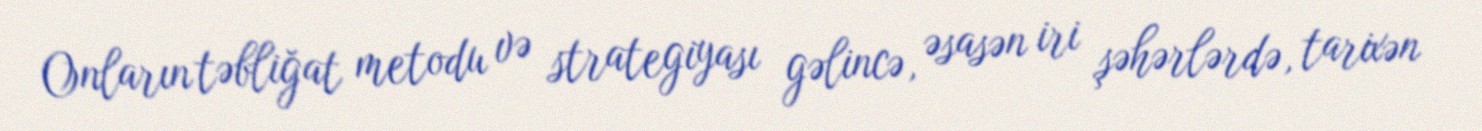
Onların təbliğat metodu və strategiyası gəlincə, əsasən iri şəhərlərdə, tarixən